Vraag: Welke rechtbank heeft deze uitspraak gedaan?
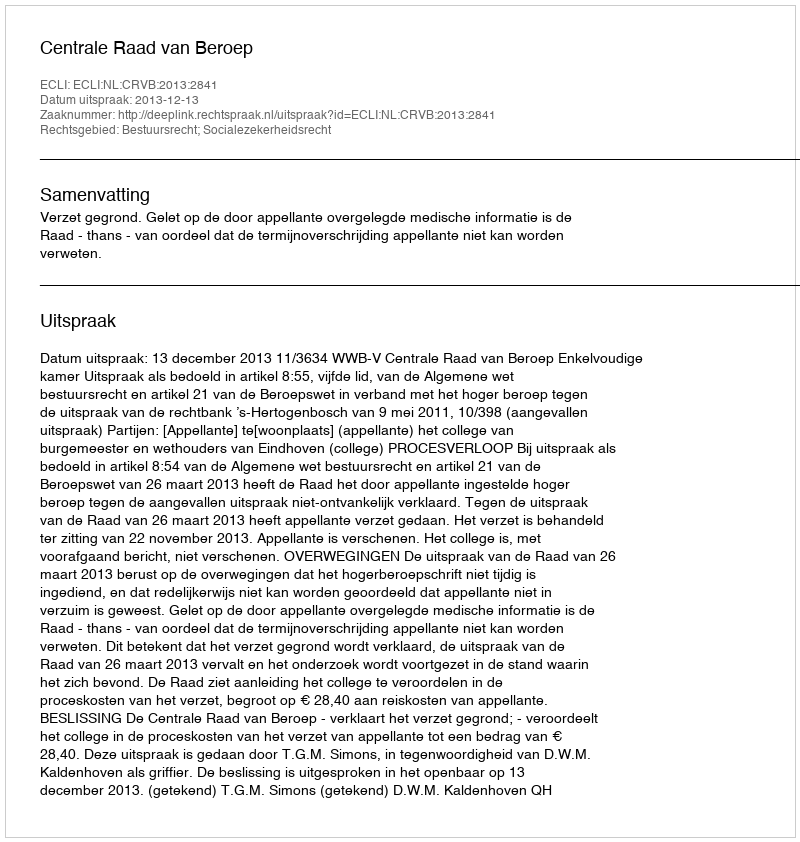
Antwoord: Centrale Raad van Beroep